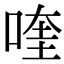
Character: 喹